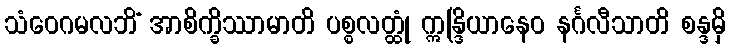
သံဝေဂမလဘိံ အာစိက္ခိဿာမာတိ ပစ္စလတ္ထုံ ဣန္ဒြိယာနေဝ နင်္ဂလီသာတိ စန္ဒမှိ